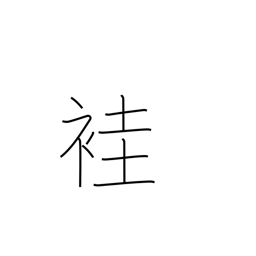
Meaning: ancient ordinary kimono